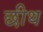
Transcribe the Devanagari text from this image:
छीथ